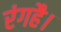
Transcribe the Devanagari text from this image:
रंगहै।